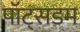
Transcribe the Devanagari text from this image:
पॉट्सडम